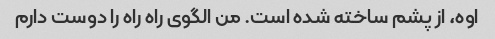
اوه، از پشم ساخته شده است. من الگوی راه راه را دوست دارم